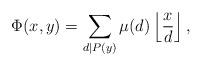
LaTeX: \begin{align*}\Phi(x,y)=\sum_{d\mid P(y)}\mu(d)\left\lfloor\frac{x}{d}\right\rfloor,\end{align*}